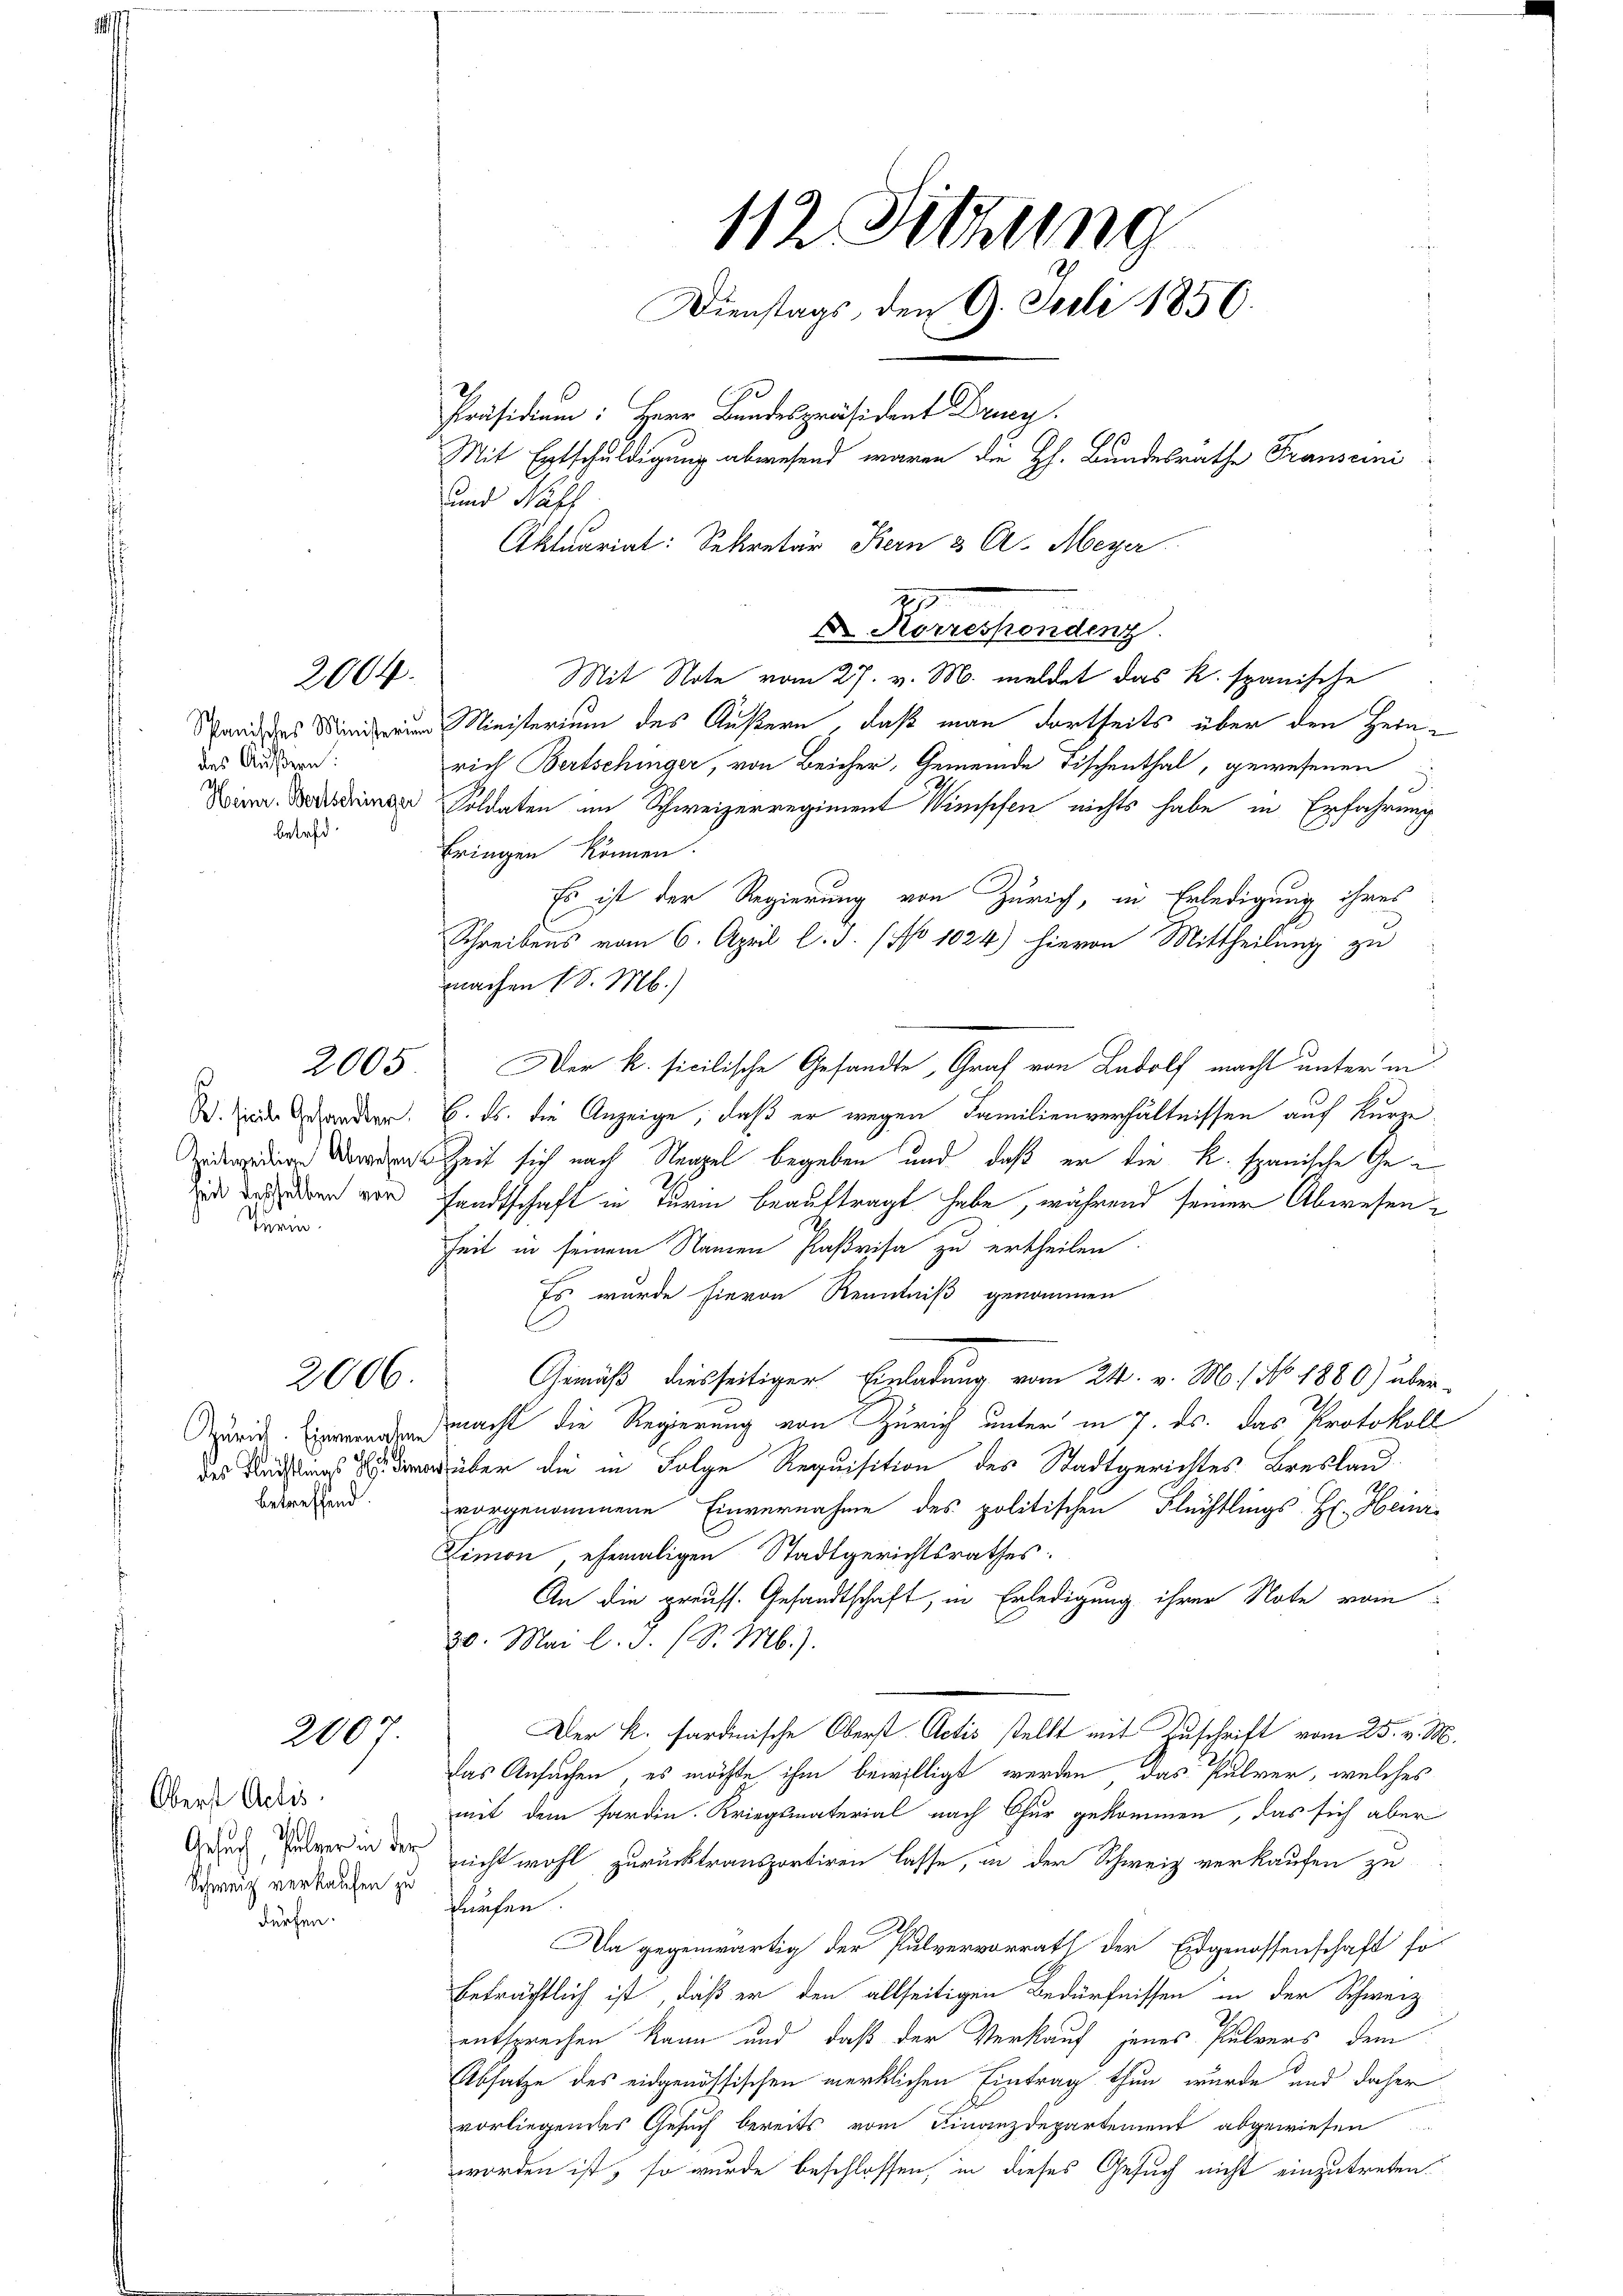
des Äußern.
betreff

2004.

R. siche Gesandter.
heit desselben von
Turin

2005.

2006.

Zürich. Einvernahme
betreffend.

2004

Oberst Actis
Gesuch, Pulver in der
Schweiz verkaufen zu
dürfen.

und Wahl
Mit Note vom 27. v. M. meldet das R. spanische
es Ministerium des Äußern, daß man dortseits über den Heinrich Bertschinger, von Beicher, Gemeinde Fischenthal, gewesenen
Dir. Dein Soldaten im Schweizerregiment Winschen nichts habe in Erfahrung
bringen können.
Es ist der Regierung von Zürich, in Erledigung ihres
Schreibens vom 6. April l. J. (No 1024) hievon Mittheilung zu
machen (S. M.)
Der k. sicilische Gesandte, Graf von Ludolf macht unter in
6. ds. die Anzeige, daß er wegen Familienverhältnissen auf kurze
 Dower Zeit sich nach Neapel begeben und daß er die K. spanische Gefandtschaft in Turm beauftragt habe, während seiner Abwesen
heit in seinem Namen Parisa zu ertheilen.
Es wurde hievon Renntniß genommen
Gemäß diesseitiger Einladung vom 24. v. M. / No. 1880) über-
mmacht die Regierung von Zürich unter in 7. ds. das Protokoll
des er die in Folge Requisition des Stadtgerichtes Breslanvorgenommene Einvernahme des politischen Flüchtlings H. Heinr¬
Limon, ehemaligen Stadtgerichtsrathes:
An die preuss. Gesandtschaft, in Erledigung ihrer Note vom
20. Mai l. J. (S. M.).
Der K. sardinische Oberst Actis stellt mit Zuschrift vom 25. v. M.
das Ansuchen, es möchte ihm bewilligt werden, das Pulver, welches
mit dem forden. Kriegsmaterial nach Chur gekommen, das sich aber
nicht wohl zurücktransportiren lasse, in der Schweiz verkaufen zu
dürfen
Da gegenwärtig der Pulvervorrath der Eidgenossenschaft so
beträchtlich ist, daß er den allseitigen Bedürfnissen in der Schweiz
entsprechen kann und daß der Verkauf jenes Pulvers dem
Absatze des eidgenössischen merklichen Eintrag thun, wurde und daher
vorliegendes Gesuch bereits vom Finanzdepartement abgewiesen
worden ist, so wurde beschlossen, in dieses Gesuch nicht einzutreten.

112. Sitzung
Dienstags, den 9. Juli 1856.
Präsidium: Herr Bundespräsident Drucy.
Mit Entschuldigung abwesend waren die H. Bundesrathe Franscini
Aktuariat: Sekretär Bern & A. Meyer

2
 Korrespondenz.